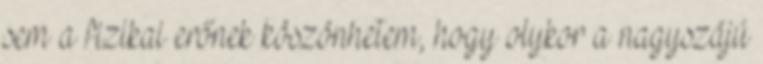
sem a fizikai erőnek köszönhetem, hogy olykor a nagyszájú